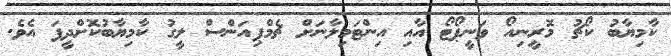
ކާމިޔާބު ކޯޗު މޮރީނިއޯ ވަނީޕޯޓޯ އާއި އިންޓަމިލާނަށް ޗެމްޕިއަންސް ލީގު ކާމިޔާބުކޮށްދީފަ އެވެ.